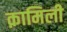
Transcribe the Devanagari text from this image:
क़ामिली